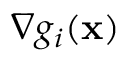
\nabla g _ { i } ( \mathbf { x } )